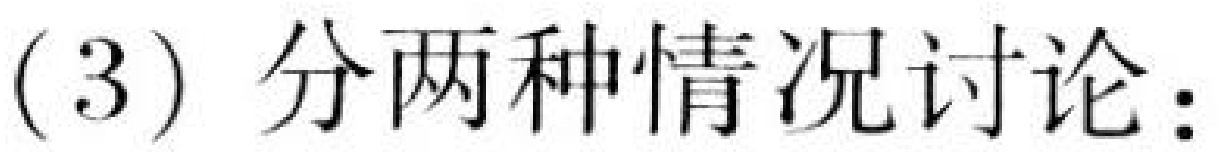
(3) 分两种情况讨论：